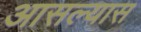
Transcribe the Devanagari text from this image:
आसल्यास